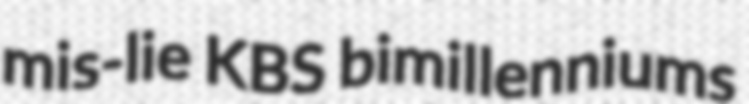
mis-lie KBS bimillenniums